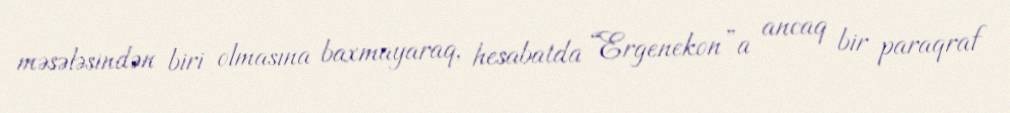
məsələsindən biri olmasına baxmayaraq, hesabatda “Ergenekon”a ancaq bir paraqraf